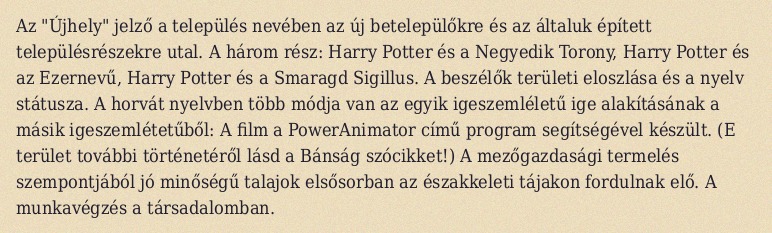
Az "Újhely" jelző a település nevében az új betelepülőkre és az általuk épített településrészekre utal. A három rész: Harry Potter és a Negyedik Torony, Harry Potter és az Ezernevű, Harry Potter és a Smaragd Sigillus. A beszélők területi eloszlása és a nyelv státusza. A horvát nyelvben több módja van az egyik igeszemléletű ige alakításának a másik igeszemlétetűből: A film a PowerAnimator című program segítségével készült. (E terület további történetéről lásd a Bánság szócikket!) A mezőgazdasági termelés szempontjából jó minőségű talajok elsősorban az északkeleti tájakon fordulnak elő. A munkavégzés a társadalomban.